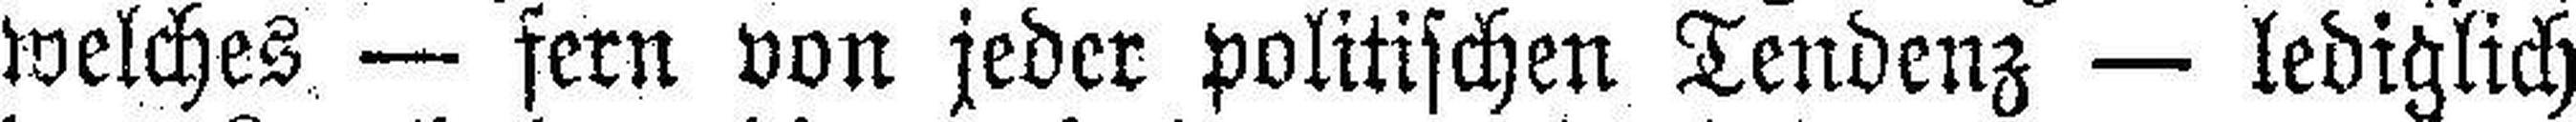
welches — fern von jeder politischen Tendenz — lediglich